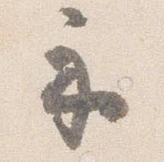
示